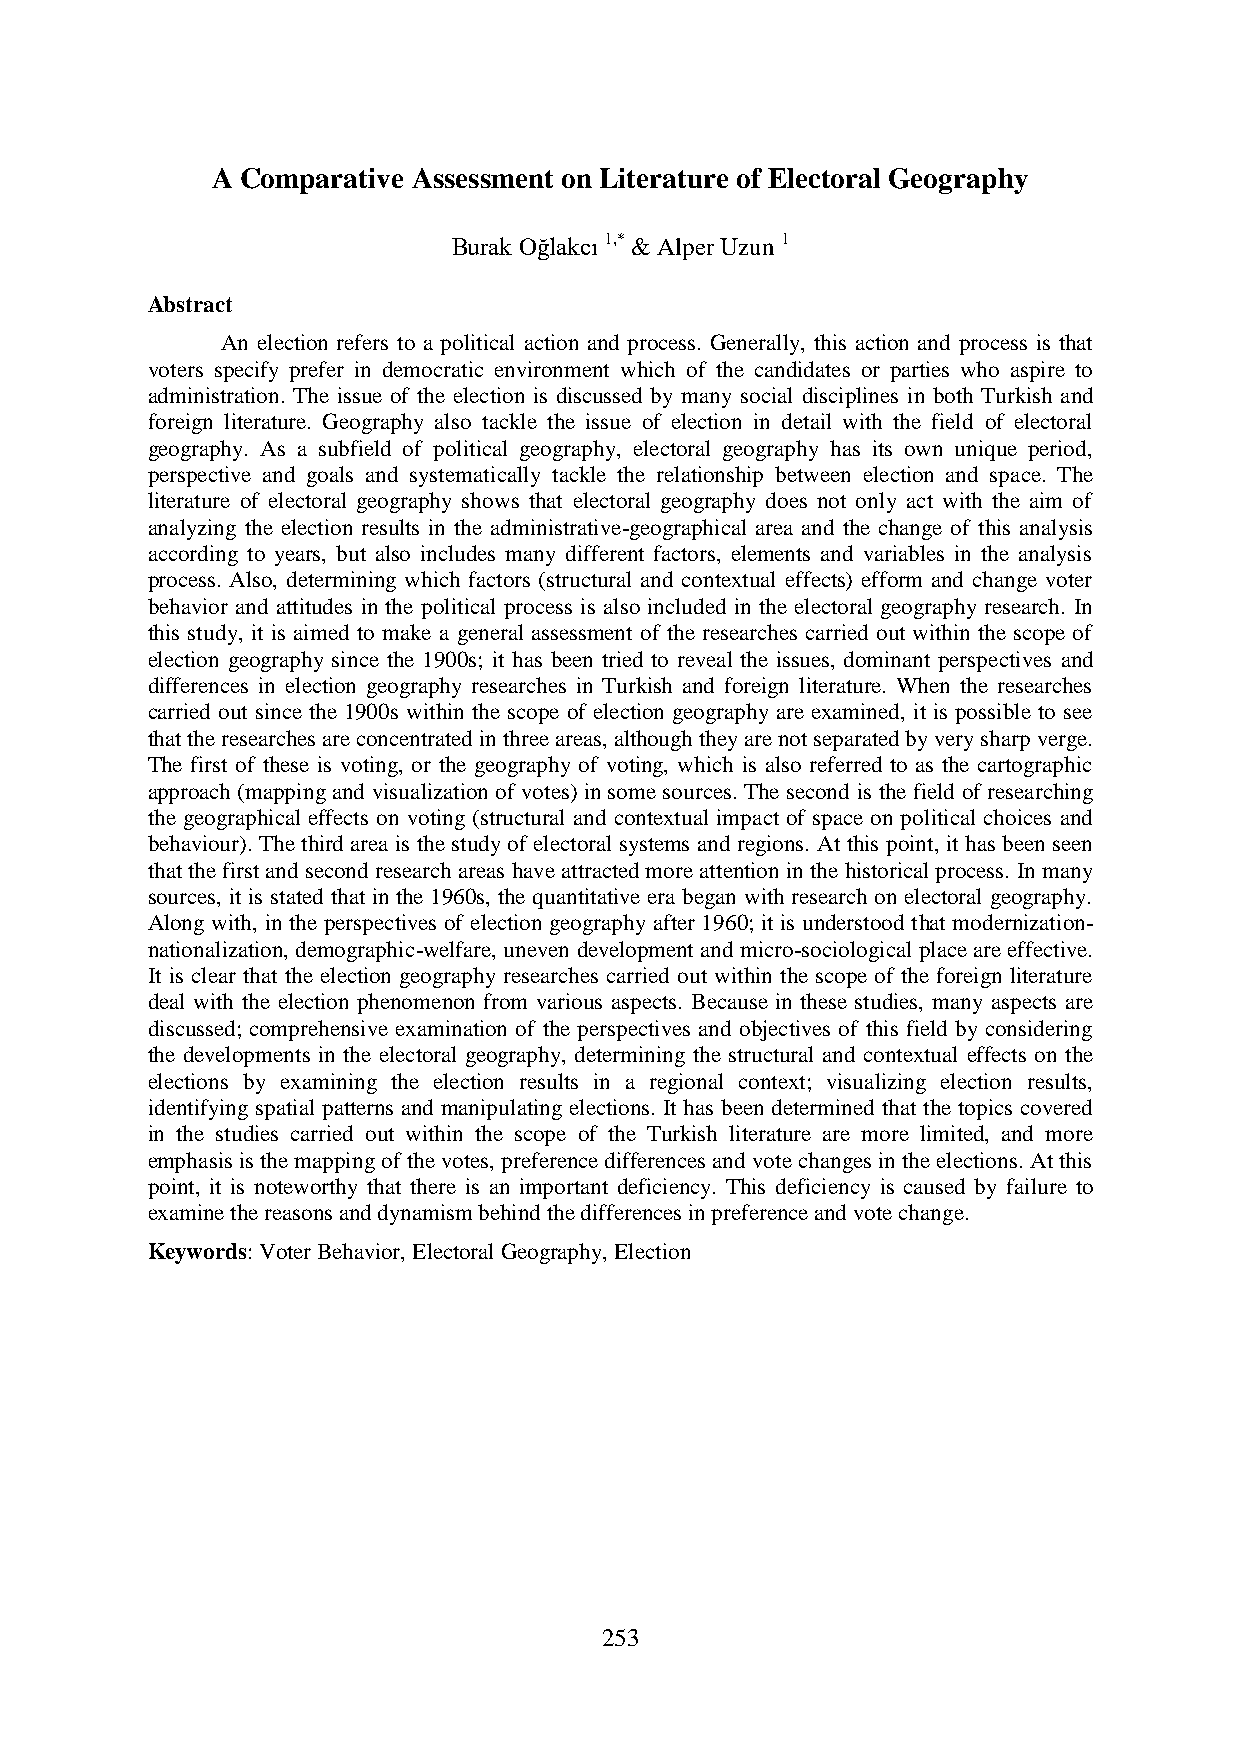
A Comparative Assessment on Literature of Electoral Geography
 Burak Oğlakcı 1,* & Alper Uzun 1
 Abstract
 An election refers to a political action and process. Generally, this action and process is that
 voters specify prefer in democratic environment which of the candidates or parties who aspire to
 administration. The issue of the election is discussed by many social disciplines in both Turkish and
 foreign literature. Geography also tackle the issue of election in detail with the field of electoral
 geography. As a subfield of political geography, electoral geography has its own unique period,
 perspective and goals and systematically tackle the relationship between election and space. The
 literature of electoral geography shows that electoral geography does not only act with the aim of
 analyzing the election results in the administrative-geographical area and the change of this analysis
 according to years, but also includes many different factors, elements and variables in the analysis
 process. Also, determining which factors (structural and contextual effects) efform and change voter
 behavior and attitudes in the political process is also included in the electoral geography research. In
 this study, it is aimed to make a general assessment of the researches carried out within the scope of
 election geography since the 1900s; it has been tried to reveal the issues, dominant perspectives and
 differences in election geography researches in Turkish and foreign literature. When the researches
 carried out since the 1900s within the scope of election geography are examined, it is possible to see
 that the researches are concentrated in three areas, although they are not separated by very sharp verge.
 The first of these is voting, or the geography of voting, which is also referred to as the cartographic
 approach (mapping and visualization of votes) in some sources. The second is the field of researching
 the geographical effects on voting (structural and contextual impact of space on political choices and
 behaviour). The third area is the study of electoral systems and regions. At this point, it has been seen
 that the first and second research areas have attracted more attention in the historical process. In many
 sources, it is stated that in the 1960s, the quantitative era began with research on electoral geography.
 Along with, in the perspectives of election geography after 1960; it is understood that modernization-
 nationalization, demographic-welfare, uneven development and micro-sociological place are effective.
 It is clear that the election geography researches carried out within the scope of the foreign literature
 deal with the election phenomenon from various aspects. Because in these studies, many aspects are
 discussed; comprehensive examination of the perspectives and objectives of this field by considering
 the developments in the electoral geography, determining the structural and contextual effects on the
 elections by examining the election results in a regional context; visualizing election results,
 identifying spatial patterns and manipulating elections. It has been determined that the topics covered
 in the studies carried out within the scope of the Turkish literature are more limited, and more
 emphasis is the mapping of the votes, preference differences and vote changes in the elections. At this
 point, it is noteworthy that there is an important deficiency. This deficiency is caused by failure to
 examine the reasons and dynamism behind the differences in preference and vote change.
 Keywords: Voter Behavior, Electoral Geography, Election
 253